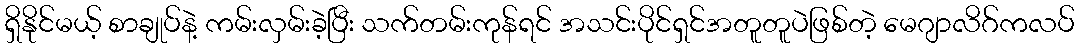
ရှိနိုင်မယ့် စာချုပ်နဲ့ ကမ်းလှမ်းခဲ့ပြီး သက်တမ်းကုန်ရင် အသင်းပိုင်ရှင်အတူတူပဲဖြစ်တဲ့ မေဂျာလိဂ်ကလပ်